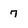
Character: 7